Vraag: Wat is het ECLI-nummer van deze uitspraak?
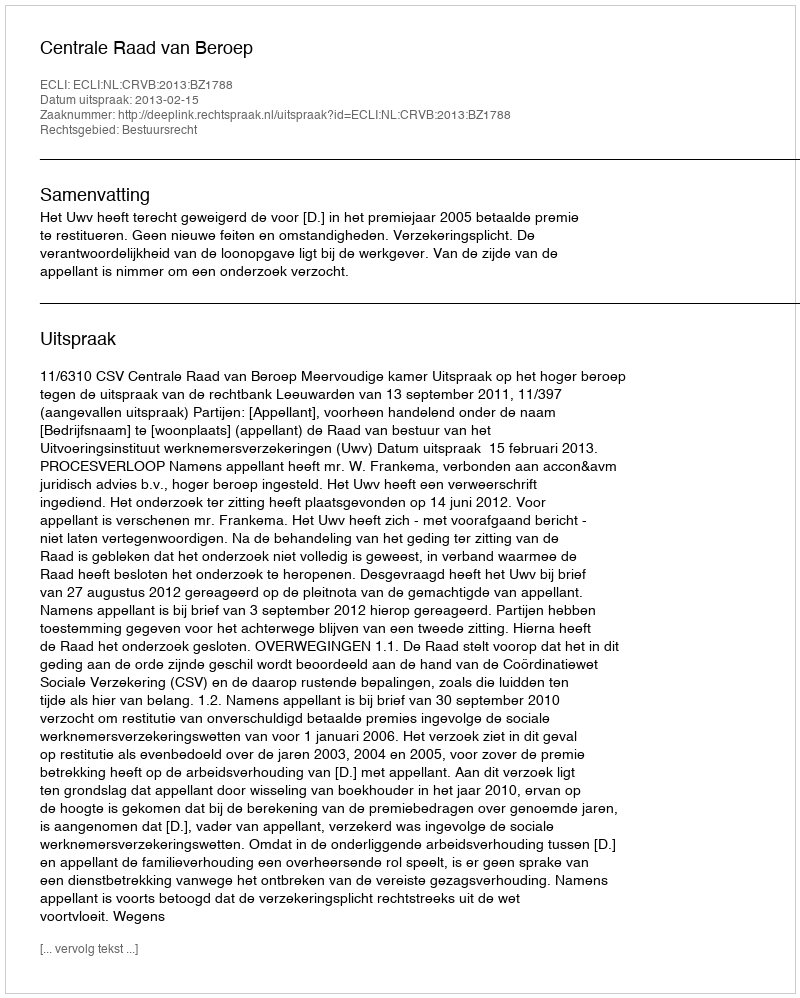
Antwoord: ECLI:NL:CRVB:2013:BZ1788